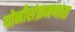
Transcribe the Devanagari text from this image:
योनीसंक्रमणास